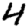
Digit: 4